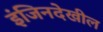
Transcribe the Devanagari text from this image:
इंजिनदेखील